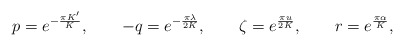
\begin{align*} p = e^{-\frac{\pi K'}{K}}, \qquad -q = e^{-\frac{\pi\lambda}{2K}}, \qquad \zeta = e^{\frac{\pi u}{2K}}, \qquad r = e^{\frac{\pi\alpha}{K}},\end{align*}